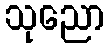
သုညော